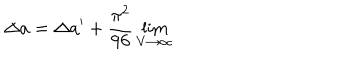
\Delta a = \Delta a ^ { \prime } + { \frac { \pi ^ { 2 } } { 9 6 } \lim _ { V \rightarrow \infty } }